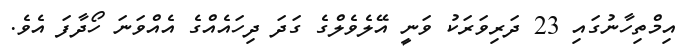
އިމްތިހާނުގައި 23 ދަރިވަރަކު ވަނީ އޭލެވެލްގެ ގަދަ ދިހައެއްގެ އެއްވަނަ ހޯދާފަ އެވެ.